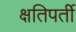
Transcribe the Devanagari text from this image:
क्षतिपर्ती